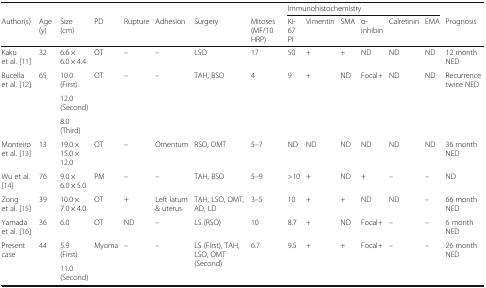
|  |  |  |  |  |  |  |  | <COLSPAN=6> Immunohistochemistry |  |
 | Author(s) | Age (y) | Size (cm) | PD | Rupture | Adhesion | Surgery | Mitoses (MF/10 HRP) | Ki-67 PI | Vimentin | SMA | α-inhibin | Calretinin | EMA | Prognosis |
 | --- | --- | --- | --- | --- | --- | --- | --- | --- | --- | --- | --- | --- | --- | --- |
 | Kaku et al. [11] | 32 | 6.6 × 6.0 × 4.4 | OT | – | – | LSO | 17 | 50 | + | + | ND | ND | ND | 12 month NED |
 | <ROWSPAN=3> Bucella et al. [12] | <ROWSPAN=3> 65 | 10.0 (First) | <ROWSPAN=3> OT | <ROWSPAN=3> – | <ROWSPAN=3> – | <ROWSPAN=3> TAH, BSO | <ROWSPAN=3> 4 | <ROWSPAN=3> 9 | <ROWSPAN=3> + | <ROWSPAN=3> ND | <ROWSPAN=3> Focal+ | <ROWSPAN=3> ND | <ROWSPAN=3> ND | <ROWSPAN=3> Recurrence twice NED |
 | 12.0 (Second) |
 | 8.0 (Third) |
 | Monteiro et al. [13] | 13 | 19.0 × 15.0 × 12.0 | OT | – | Omentum | RSO, OMT | 5–7 | ND | ND | ND | ND | ND | ND | 36 month NED |
 | Wu et al. [14] | 76 | 9.0 × 6.0 × 5.0 | PM | – | – | TAH, BSO | 5–9 | >10 | + | ND | + | – | – | ND |
 | Zong et al. [15] | 39 | 10.0 × 7.0 × 4.0 | OT | + | Left latum & uterus | TAH, LSO, OMT, AD, LD | 3–5 | 10 | + | + | ND | ND | – | 66 month NED |
 | Yamada et al. [16] | 36 | 6.0 | OT | ND | – | LS (RSO) | 10 | 8.7 | + | ND | Focal+ | – | – | 6 month NED |
 | <ROWSPAN=2> Present case | <ROWSPAN=2> 44 | 5.9 (First) | <ROWSPAN=2> Myoma | <ROWSPAN=2> – | <ROWSPAN=2> – | <ROWSPAN=2> LS (First), TAH, LSO, OMT (Second) | <ROWSPAN=2> 6.7 | <ROWSPAN=2> 9.5 | <ROWSPAN=2> + | <ROWSPAN=2> + | <ROWSPAN=2> Focal+ | <ROWSPAN=2> – | <ROWSPAN=2> – | <ROWSPAN=2> 26 month NED |
 | 11.0 (Second) |